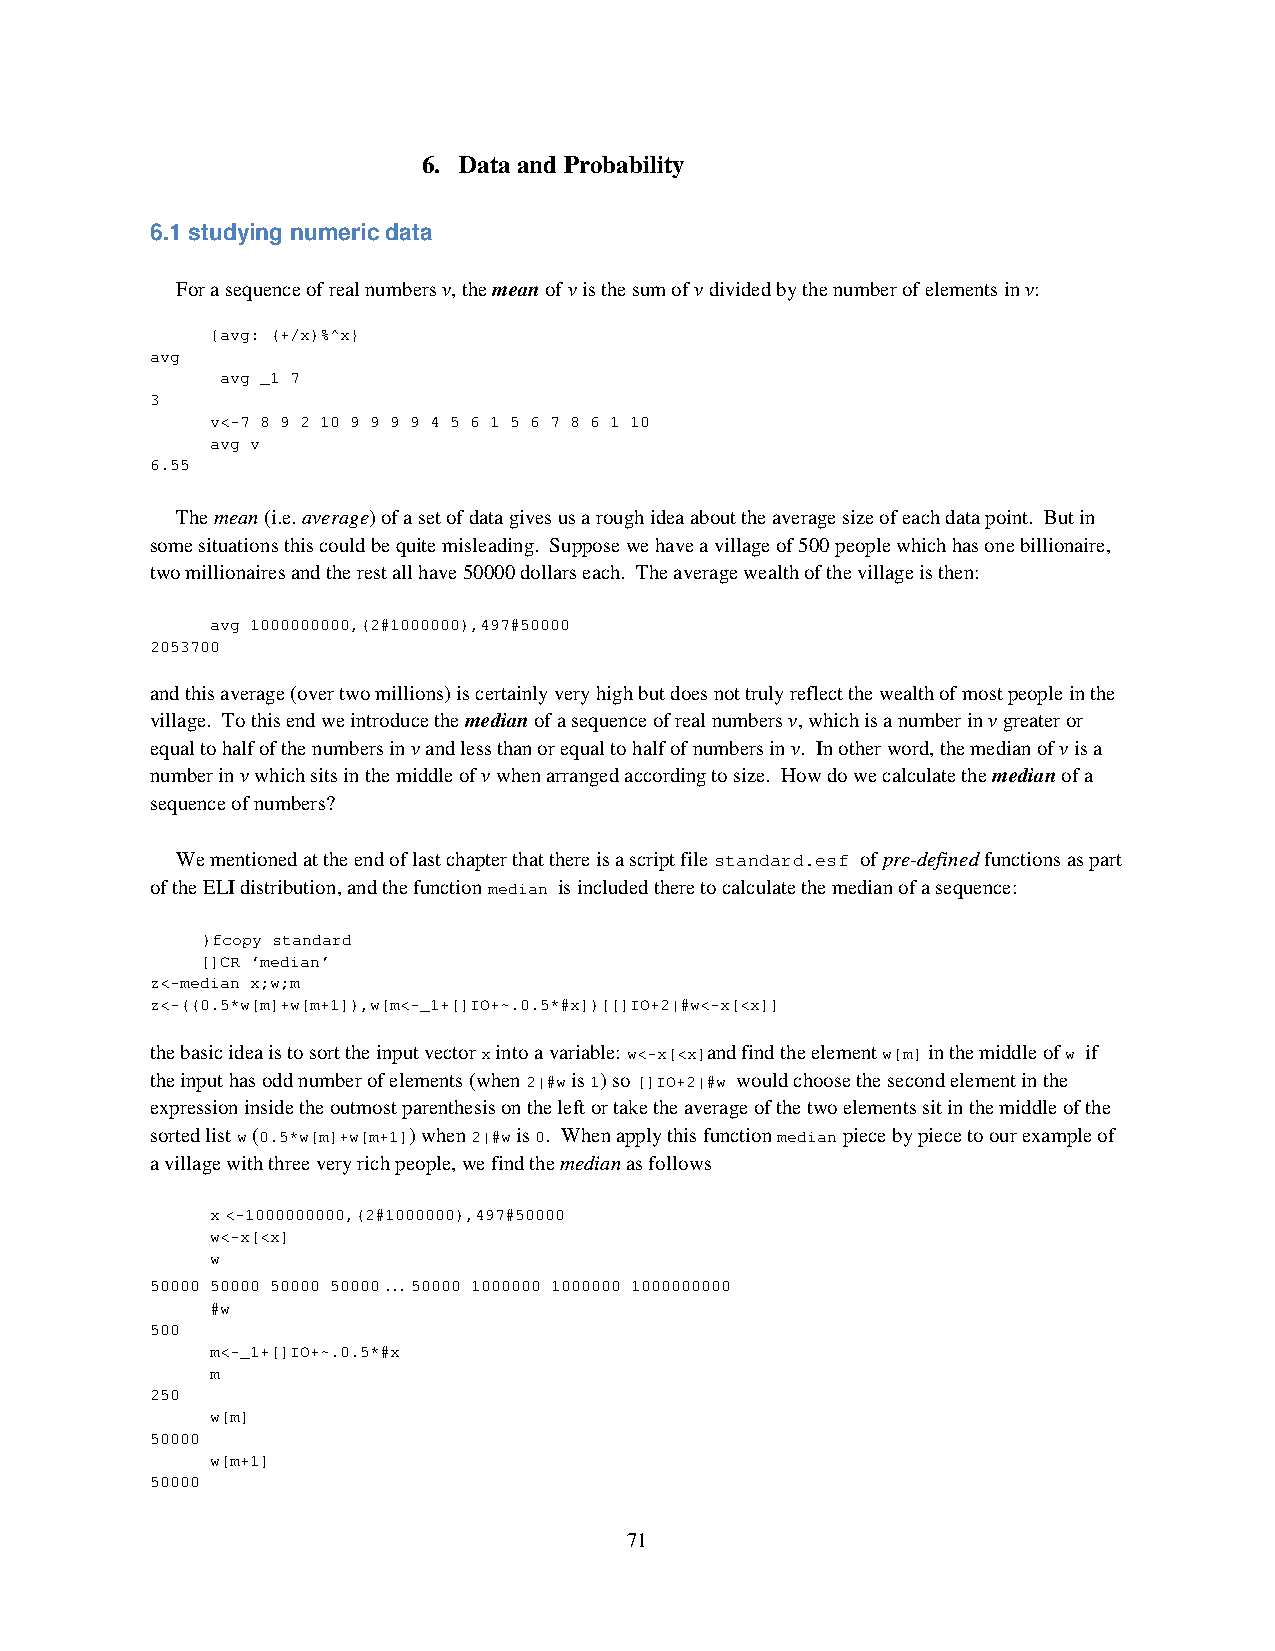
6. Data and Probability
 6.1 studying numeric data
 For a sequence of real numbers v, the mean of v is the sum of v divided by the number of elements in v:
 {avg: (+/x)%^x}
 avg
 avg _1 7
 3
 v<-7 8 9 2 10 9 9 9 9 4 5 6 1 5 6 7 8 6 1 10
 avg v
 6.55
 The mean (i.e. average) of a set of data gives us a rough idea about the average size of each data point. But in
 some situations this could be quite misleading. Suppose we have a village of 500 people which has one billionaire,
 two millionaires and the rest all have 50000 dollars each. The average wealth of the village is then:
 avg 1000000000,(2#1000000),497#50000
 2053700
 and this average (over two millions) is certainly very high but does not truly reflect the wealth of most people in the
 village. To this end we introduce the median of a sequence of real numbers v, which is a number in v greater or
 equal to half of the numbers in v and less than or equal to half of numbers in v. In other word, the median of v is a
 number in v which sits in the middle of v when arranged according to size. How do we calculate the median of a
 sequence of numbers?
 We mentioned at the end of last chapter that there is a script file standard.esf of pre-defined functions as part
 of the ELI distribution, and the function median is included there to calculate the median of a sequence:
 )fcopy standard
 []CR ‘median’
 z<-median x;w;m
 z<-((0.5*w[m]+w[m+1]),w[m<-_1+[]IO+~.0.5*#x])[[]IO+2|#w<-x[<x]]
 the basic idea is to sort the input vector x into a variable: w<-x[<x]and find the element w[m] in the middle of w if
 the input has odd number of elements (when 2|#w is 1) so []IO+2|#w would choose the second element in the
 expression inside the outmost parenthesis on the left or take the average of the two elements sit in the middle of the
 sorted list w (0.5*w[m]+w[m+1]) when 2|#w is 0. When apply this function median piece by piece to our example of
 a village with three very rich people, we find the median as follows
 x <-1000000000,(2#1000000),497#50000
 w<-x[<x]
 w
 50000 50000 50000 50000 … 50000 1000000 1000000 1000000000
 #w
 500
 m<-_1+[]IO+~.0.5*#x
 m
 250
 w[m]
 50000
 w[m+1]
 50000
 71